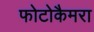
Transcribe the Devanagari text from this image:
फोटोकैमरा